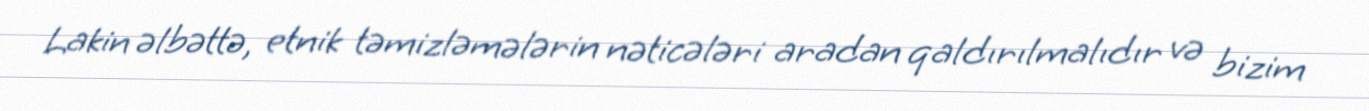
Lakin əlbəttə, etnik təmizləmələrin nəticələri aradan qaldırılmalıdır və bizim